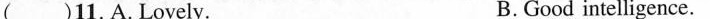
( )11.A.Lovely. B.Good intelligence.